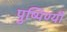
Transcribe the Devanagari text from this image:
पुष्पिण्यौ